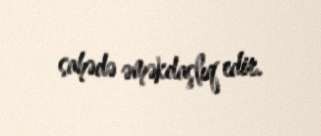
sahədə əməkdaşlıq edir.